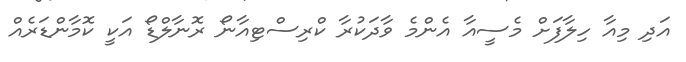
އަދި މިއާ ހިލާފަށް މެސީއާ އެންމެ ވާދަކުރާ ކްރިސްޓިއާނޯ ރޮނާލްޑޯ އަކީ ކޮމާންޑަރެއް